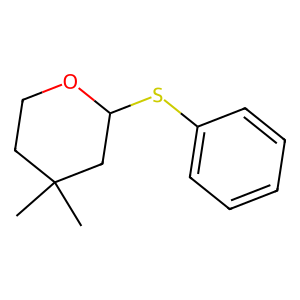
SMILES: CC1(C)CCOC(Sc2ccccc2)C1
Inhibits HIV replication: No